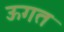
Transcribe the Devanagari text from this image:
ऊगत